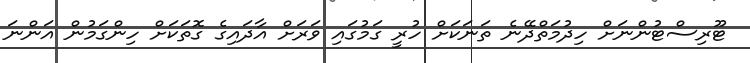
ޓޫރިސްޓުންނަށް ހިދުމަތްދޭނެ ތަނަކަށް ހުރީ ގަމުގައި ވަރަށް އާދައިގެ ގޮތަކަށް ހިންގަމުން އަންނަ